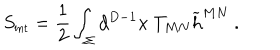
S _ { \mathrm { { \small i n t } } } = { \frac { 1 } { 2 } } \int _ { \Sigma } d ^ { D - 1 } x ~ T _ { M N } { \widetilde h } ^ { M N } ~ .